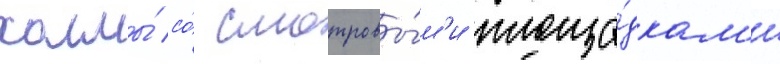
холмы́ со́ смотровы́м'и площа́дкам'и